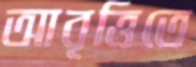
আবৃত্তিতে